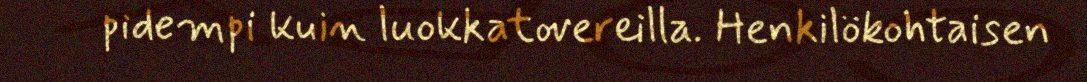
pidempi kuin luokkatovereilla. Henkilökohtaisen